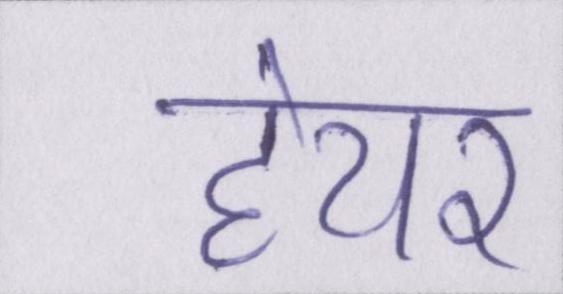
हेयर